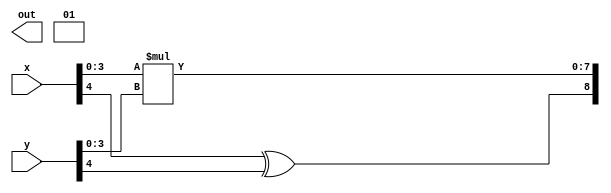
module Operation_3(
    input [4:0] x,
    input [4:0] y,
    output reg [11:0] out
    );

always @(*) begin
    out[11:10] = 2'b01;
    out[9] = 1'bx;
    out[8] = x[4] ^ y[4];
    out[7:0] = x[3:0] * y[3:0];
end

endmodule